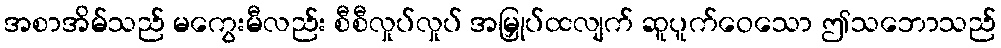
အစာအိမ်သည် မကွေးမီလည်း စီစီလှုပ်လှုပ် အမြှုပ်ထလျက် ဆူပူက်ဝေသော ဤသဘောသည်